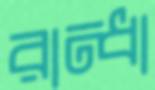
রান্ধা